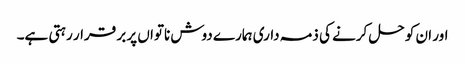
اور ان کو حل کرنے کی ذمہ داری ہمارے دوش ناتواں پر بر قرار رہتی ہے۔